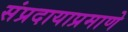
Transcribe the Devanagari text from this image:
संप्रदायाप्रमाणे